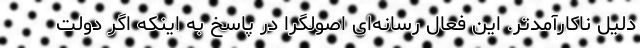
دلیل ناکارآمدتر. این فعال رسانه‌ای اصولگرا در پاسخ به اینکه اگر دولت